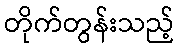
တိုက်တွန်းသည့်